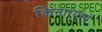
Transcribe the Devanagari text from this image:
किनाऱ्याचे